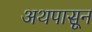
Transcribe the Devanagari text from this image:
अथपासून